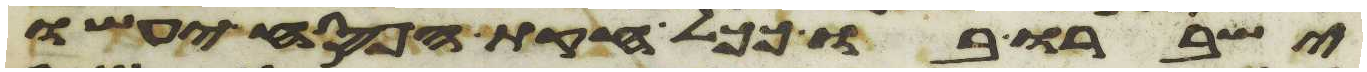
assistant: ישברו בו ככל חקות הפסח יעשו